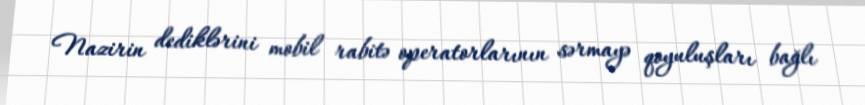
Nazirin dediklərini mobil rabitə operatorlarının sərmayə qoyuluşları bağlı